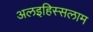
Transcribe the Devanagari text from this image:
अलइहिस्सलाम